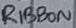
Text: RIBBON